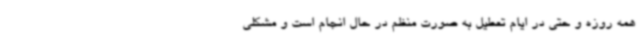
همه روزه و حتی در ایام تعطیل به صورت منظم در حال انجام است و مشکلی